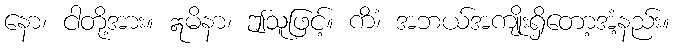
နော၊ ငါတို့အား။ ဣမိနာ၊ ဤသူဖြင့်။ ကိံ၊ အဘယ်အကျိုးရှိတော့အံ့နည်း။